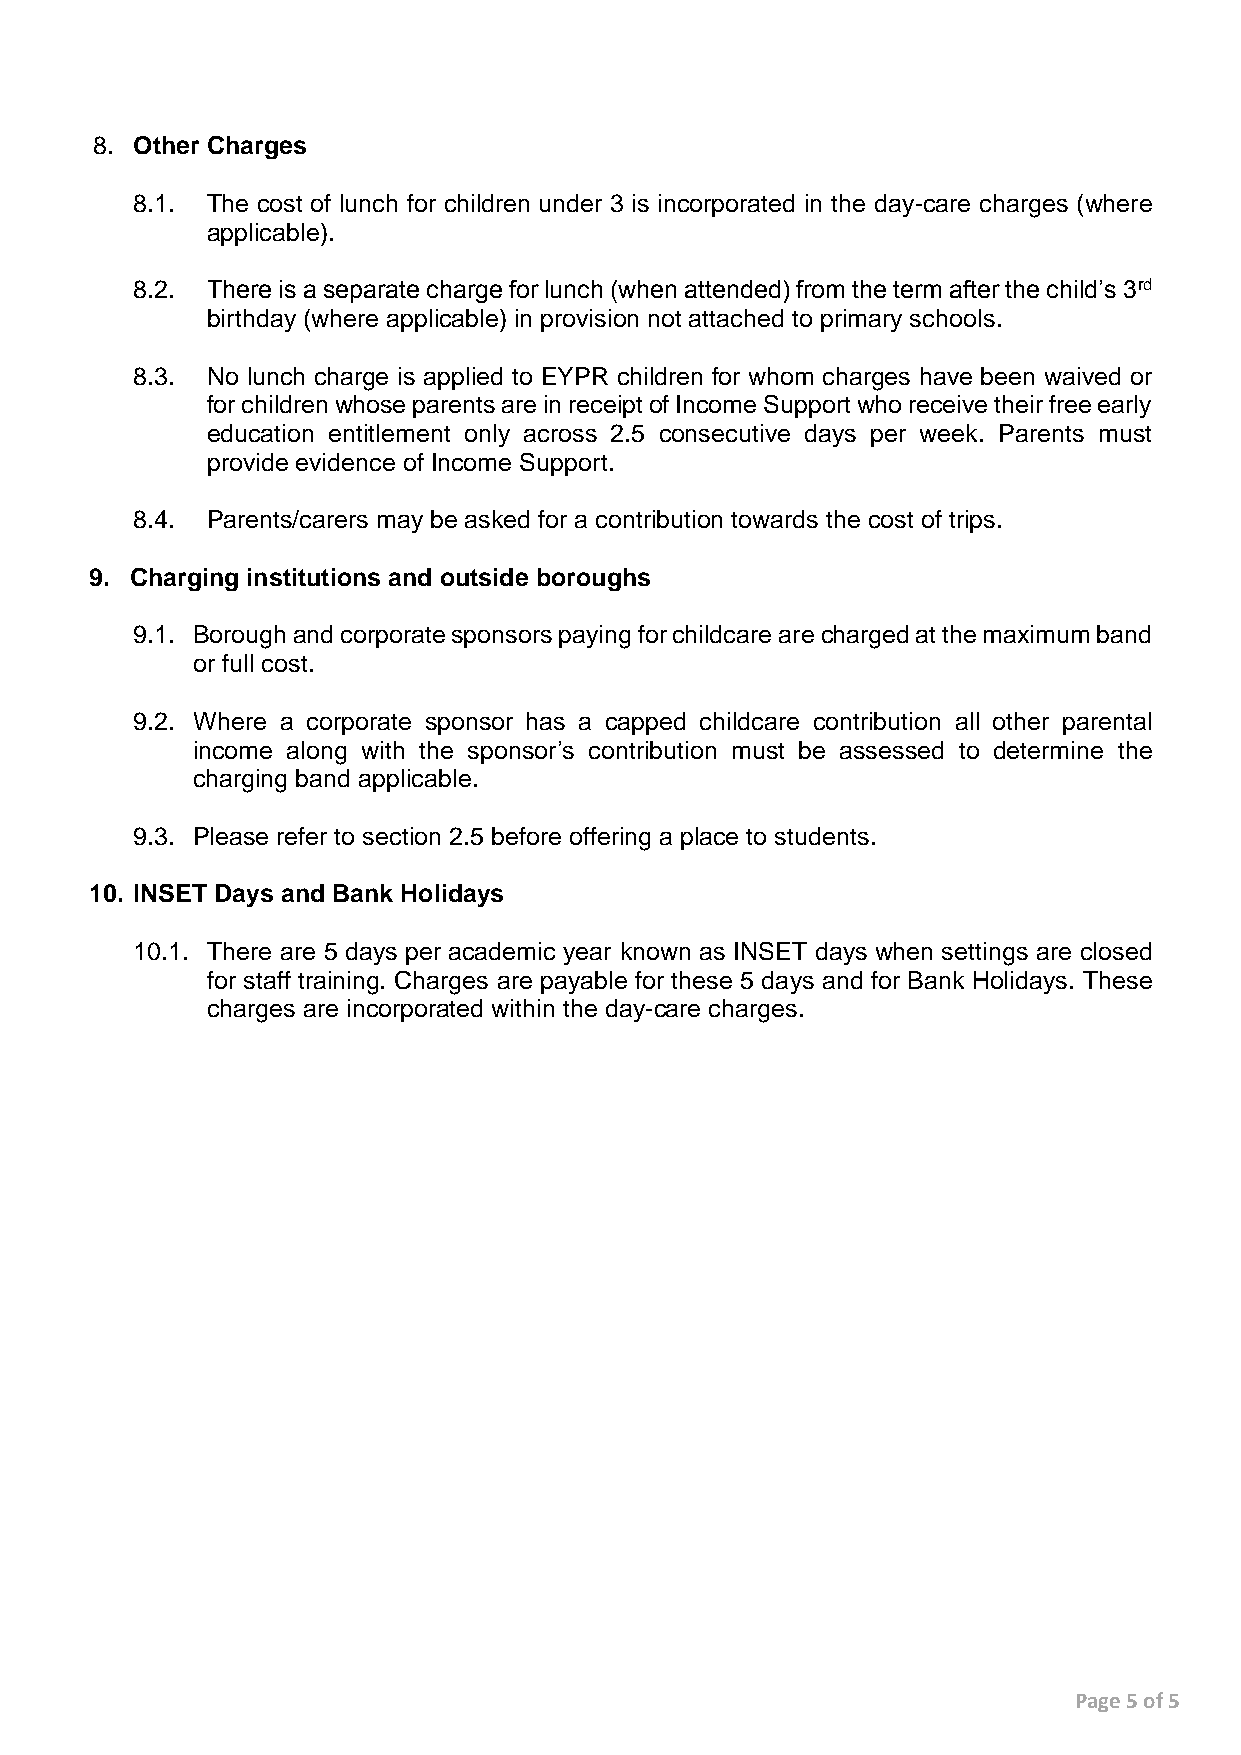
8. Other Charges
 8.1. The cost of lunch for children under 3 is incorporated in the day-care charges (where
 applicable).
 8.2. There is a separate charge for lunch (when attended) from the term after the child’s 3rd
 birthday (where applicable) in provision not attached to primary schools.
 8.3. No lunch charge is applied to EYPR children for whom charges have been waived or
 for children whose parents are in receipt of Income Support who receive their free early
 education entitlement only across 2.5 consecutive days per week. Parents must
 provide evidence of Income Support.
 8.4. Parents/carers may be asked for a contribution towards the cost of trips.
 9. Charging institutions and outside boroughs
 9.1. Borough and corporate sponsors paying for childcare are charged at the maximum band
 or full cost.
 9.2. Where a corporate sponsor has a capped childcare contribution all other parental
 income along with the sponsor’s contribution must be assessed to determine the
 charging band applicable.
 9.3. Please refer to section 2.5 before offering a place to students.
 10. INSET Days and Bank Holidays
 10.1. There are 5 days per academic year known as INSET days when settings are closed
 for staff training. Charges are payable for these 5 days and for Bank Holidays. These
 charges are incorporated within the day-care charges.
 Page 5 of 5